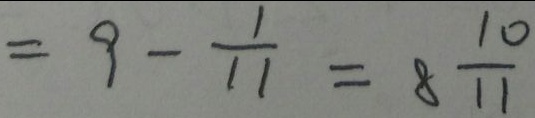
= 9 - \frac { 1 } { 1 1 } = 8 \frac { 1 0 } { 1 1 }